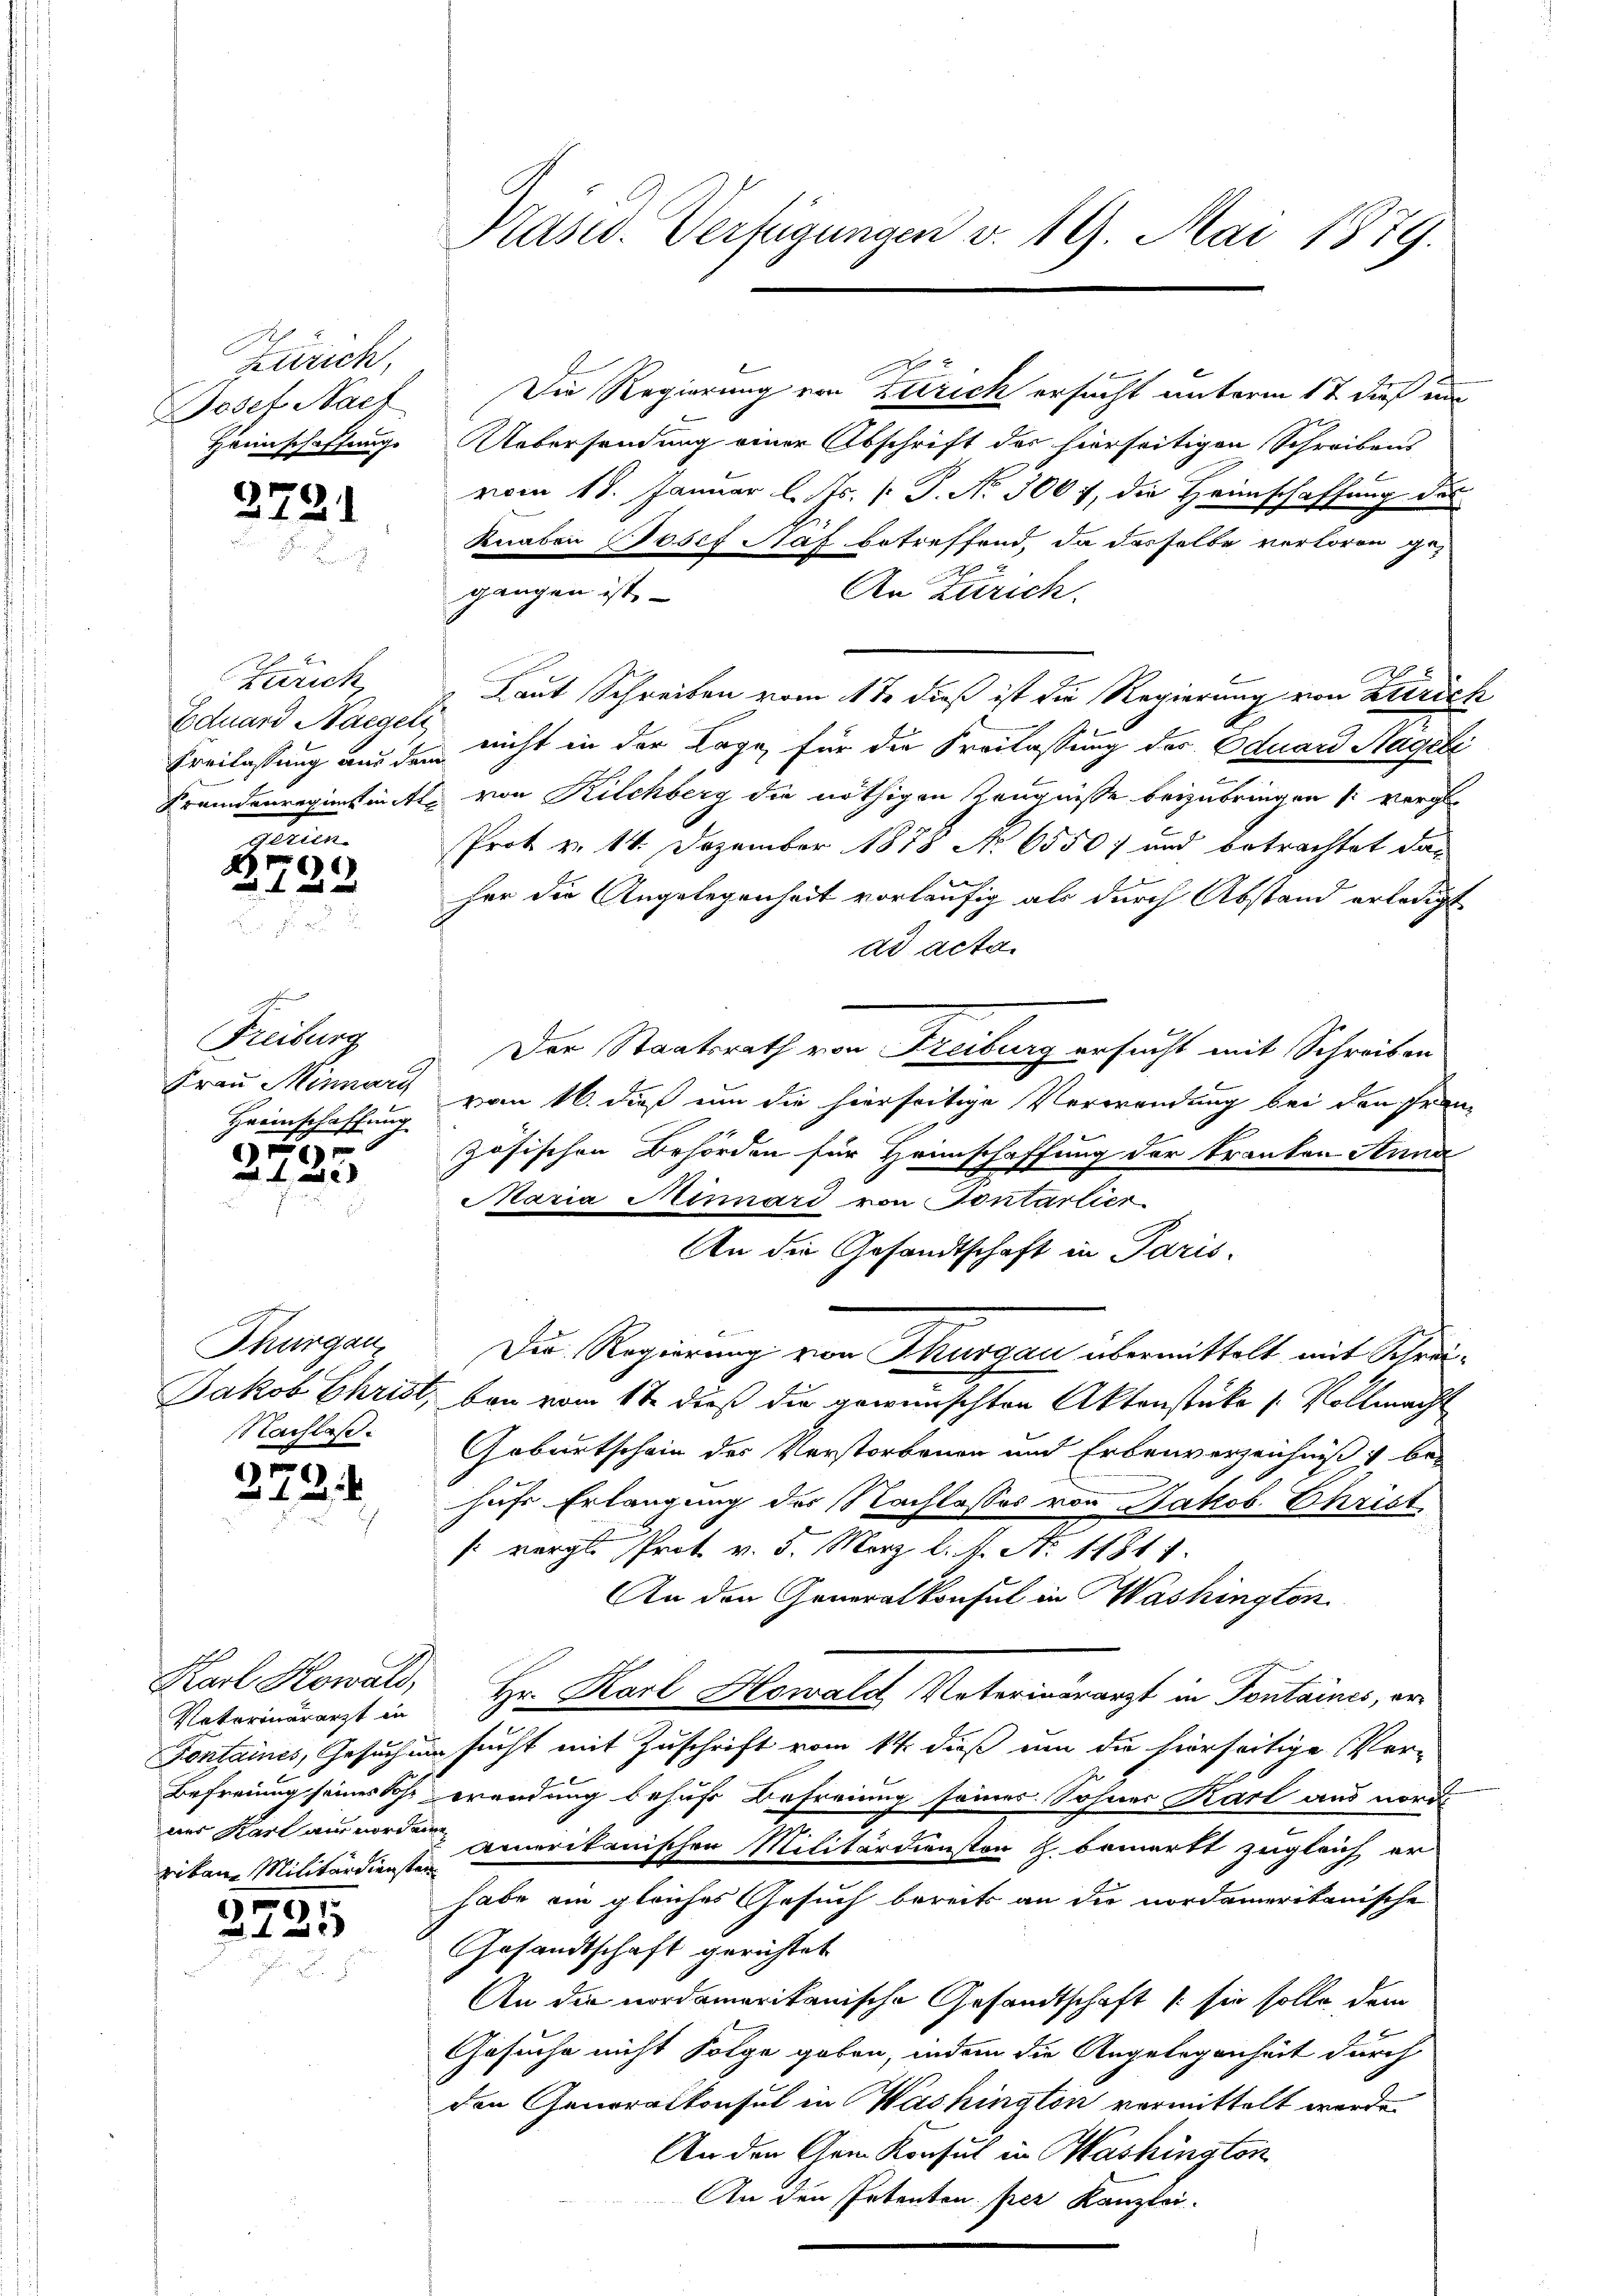
Zürich,
Josef Nach
Heimschaffung

2791

Zürich,
Eduard Naegeri

Mein
B422

Freiburg
Frau Minnari
Heimschaffung

x

Thurgan
Nachlaß.

272.

)
 130

Karl Kowals,
Naterinärarzt in
rikane Militärdiensten

Präsid. Verfügungen v. 19. Mai 1879.

Uebersendung einer Abschrift des hierseitigen Schreibens
vom 18. Januar l. Js. [ P. Nr. 300 7, die Heimschaffung des
Knaben Josef Naf betreffend, da dasselbe verloren ge¬
An Zürich.
Laut Schreiben vom 1te dieß ist die Regierung von Zürich
Freilassung aus den nicht in der Lage für die Freilassung des Eduard Hageli
Fremdenregiment von Kilchberg die nöthigen Zeugnisse beizubringen verge
Prot v. 14. Dezember 1878 No 6550) und betrachtet das
her die Angelegenheit vorläufig als durch Abstand erledigt
dd acta.
Der Staatsrath von Freiburg ersucht mit Schreiben
vom 16. dieß um die hierseitige Verwendung bei den Fremzösischen Behörden für Heimschaffung der Kranken Anna
Maria Minnard von Sontartier
An die Gesandtschaft in Paris.
Die Regierung von Thurgau übermittelt mit Schrei¬
Jakob Christ, bei vom 1te dieß die gewünschten Aktenstüke / Vollmacht
Geburtschein des Verstorbenen und Erbenverzeichniß & be-
hufe Erlangung der Nachlasses von Jakob. Christ
 vergl. Prot. v. 5. März l. N. N. 11811.
An den Generalkonsul in Washington
Hr. Karl Howald Vaterinärarzt in Fontaines, er¬
Fontaines, Gesuch um sucht mit Zuschrift vom 14. dieß um die hierseitige Ver-
Befreiung seines Sohn wendung behufs Befreiung seines Sohner Karl aus nord
.
und Karl aus worden vermerikanischen Militärdiensten Z. bemerkt zugleich er-
habe ein gleiches Gesuch bereits an die nordamerikanische
Gesandtschaft gerichtet
An die nordamerikanische Gesandtschaft (sie solle dem
Gesuche nicht Folge geben, indem die Angelegenheit durch
den Generalkonsul in Washington vermittelt werde.
An den Gem Konsul in Washington
An den Petenten per Kanzlei-

gangen ist.

Die Regierung von Zürich ersucht unterm 17 dieß un